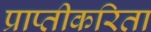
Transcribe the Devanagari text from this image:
प्राप्तीकरिता